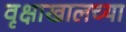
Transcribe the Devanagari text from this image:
वृक्षाखालच्या